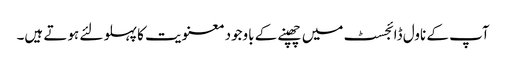
آپ کے ناول ڈائجسٹ میں چھپنے کے باوجود معنویت کا پہلو لئے ہوتے ہیں۔